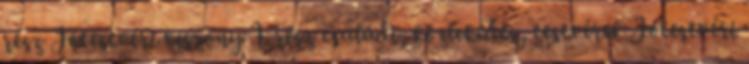
rész Jótestvéri viszony 1. rész családi, közlekedés, testvérek Jótestvéri